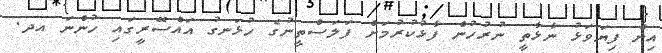
އިން ފިޔަވަޅު ނާޅާތީ ނުރުހުން ފާޅުކުރުމަށް ފަލަސްތީނުގެ ހުޅަނގު އައްސޭރީގައި ހުންނަ އދ.